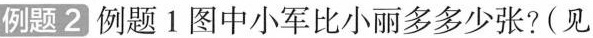
例题2 例题1图中小军比小丽多多少张?(见